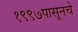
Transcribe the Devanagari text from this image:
१९९७पासूनचे